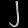
Digit: ၂